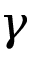
\gamma